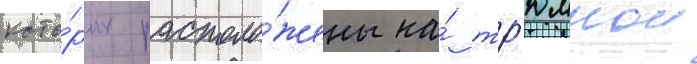
кото́рых располо́жены на́ тр'юмнои